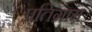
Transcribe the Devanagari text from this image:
प्रतिग्राम